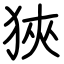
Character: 狹